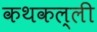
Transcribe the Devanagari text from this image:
कथकल्ली